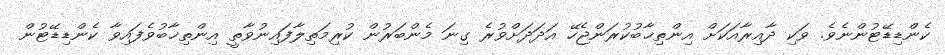
ކެންޑިޑޭޓުންނެވެ. ވަކި ދާއިރާއަކަށް އިންތިޚާބުކުރަންޖެހޭ އަދަދަށްވުރެ ގިނަ މެންބަރުން ކުރިމަތިލާފައިނުވާތީ އިންތިޚާބުވެފައިވާ ކެންޑިޑޭޓުން